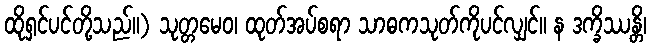
ထိုရှင်ပင်တို့သည်။) သုတ္တမေဝ၊ ထုတ်အပ်စရာ သာဓကသုတ်ကိုပင်လျှင်။ န ဒက္ခိဿန္တိ၊